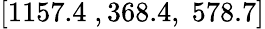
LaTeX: [1157.4\; ,368.4,\; 578.7]